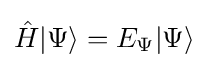
{\hat {H}}|\Psi \rangle =E_{\Psi }|\Psi \rangle